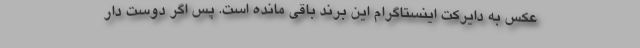
عکس به دایرکت اینستاگرام این برند باقی مانده است. پس اگر دوست دار